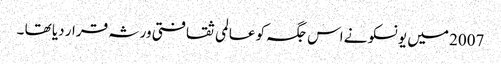
2007 میں یونسکو نے اس جگہ کو عالمی ثقافتی ورثہ قرار دیا تھا ۔